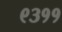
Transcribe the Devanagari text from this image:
९३११